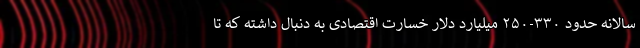
سالانه حدود ۳۳۰-۲۵۰ میلیارد دلار خسارت اقتصادی به دنبال داشته که تا